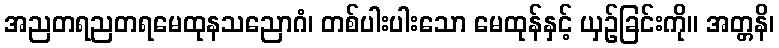
အညတရညတရမေထုနသညောဂံ၊ တစ်ပါးပါးသော မေထုန်နှင့် ယှဉ်ခြင်းကို။ အတ္တနိ၊